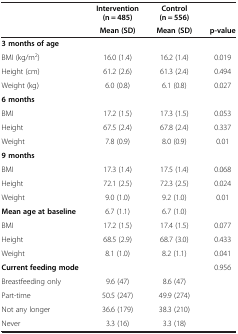
<table><thead><tr><td><b> </b></td><td><b>Intervention (n = 485)</b></td><td><b>Control (n = 556)</b></td><td><b> </b></td></tr><tr><td><b> </b></td><td><b>Mean (SD)</b></td><td><b>Mean (SD)</b></td><td><b>p-value</b></td></tr></thead><tbody><tr><td><b>3 months of age</b></td><td> </td><td> </td><td> </td></tr><tr><td>BMI (kg/m<sup>2</sup>)</td><td>16.0 (1.4)</td><td>16.2 (1.4)</td><td>0.019</td></tr><tr><td>Height (cm)</td><td>61.2 (2.6)</td><td>61.3 (2.4)</td><td>0.494</td></tr><tr><td>Weight (kg)</td><td>6.0 (0.8)</td><td>6.1 (0.8)</td><td>0.027</td></tr><tr><td><b>6 months</b></td><td> </td><td> </td><td> </td></tr><tr><td>BMI</td><td>17.2 (1.5)</td><td>17.3 (1.5)</td><td>0.053</td></tr><tr><td>Height</td><td>67.5 (2.4)</td><td>67.8 (2.4)</td><td>0.337</td></tr><tr><td>Weight</td><td>7.8 (0.9)</td><td>8.0 (0.9)</td><td>0.01</td></tr><tr><td><b>9 months</b></td><td> </td><td> </td><td> </td></tr><tr><td>BMI</td><td>17.3 (1.4)</td><td>17.5 (1.4)</td><td>0.068</td></tr><tr><td>Height</td><td>72.1 (2.5)</td><td>72.3 (2.5)</td><td>0.024</td></tr><tr><td>Weight</td><td>9.0 (1.0)</td><td>9.2 (1.0)</td><td>0.01</td></tr><tr><td><b>Mean age at baseline</b></td><td>6.7 (1.1)</td><td>6.7 (1.0)</td><td> </td></tr><tr><td>BMI</td><td>17.2 (1.5)</td><td>17.4 (1.5)</td><td>0.077</td></tr><tr><td>Height</td><td>68.5 (2.9)</td><td>68.7 (3.0)</td><td>0.433</td></tr><tr><td>Weight</td><td>8.1 (1.0)</td><td>8.2 (1.1)</td><td>0.041</td></tr><tr><td><b>Current feeding mode</b></td><td> </td><td> </td><td>0.956</td></tr><tr><td>Breastfeeding only</td><td>9.6 (47)</td><td>8.6 (47)</td><td> </td></tr><tr><td>Part-time</td><td>50.5 (247)</td><td>49.9 (274)</td><td> </td></tr><tr><td>Not any longer</td><td>36.6 (179)</td><td>38.3 (210)</td><td> </td></tr><tr><td>Never</td><td>3.3 (16)</td><td>3.3 (18)</td><td> </td></tr></tbody></table>